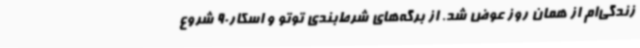
زندگی‌ام از همان روز عوض شد. از برگه‌های شرط‌بندی توتو و اسکار90 شروع